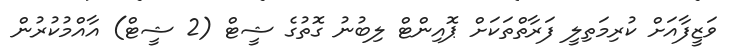
ވަޒީފާއަށް ކުރިމަތިލީ ފަރާތްތަކަށް ޕޮއިންޓް ލިބުނު ގޮތުގެ ޝީޓް (2 ޝީޓް) އާއްމުކުރުން